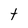
Character: t